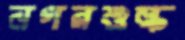
নগরশুল্ক